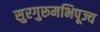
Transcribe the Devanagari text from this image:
सुरगुरुमभिपूज्य